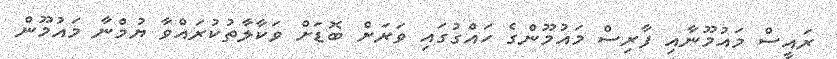
ރައީސް މައުމޫނާއި ފާރިސް މައުމޫންގެ ހައްގުގައި ވަރަށް ބޮޑަށް ވަކާލާތުކުރައްވާ ޔުމްނާ މައުމޫން